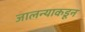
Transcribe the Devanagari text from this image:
जालन्याकडून